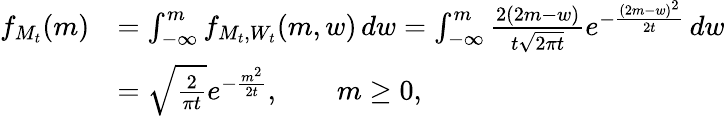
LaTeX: {\begin{array}{rl}{f_{M_{t}}(m)}&{=\int_{-\infty}^{m}f_{M_{t},W_{t}}(m,w)\, dw=\int_{-\infty}^{m}{\frac{2(2m-w)}{t{\sqrt{2\pi t}}}}e^{-{\frac{(2m-w)^{2}}{2t}}}\, dw}\\ &{={\sqrt{\frac{2}{\pi t}}}e^{-{\frac{m^{2}}{2t}}},\qquad m\geq 0,}\end{array}}